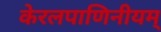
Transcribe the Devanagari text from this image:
केरलपाणिनीयम्